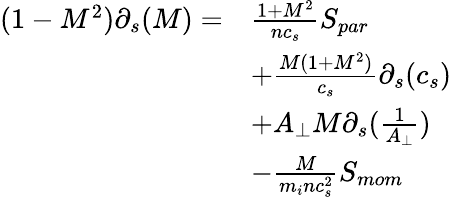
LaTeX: \begin{array}{rl}{(1-M^{2})\partial_{s}(M)=}&{\frac{1+M^{2}}{nc_{s}}S_{par}}\\ {~}&{+\frac{M(1+M^{2})}{c_{s}}\partial_{s}(c_{s})}\\ {~}&{+A_{\perp}M\partial_{s}(\frac{1}{A_{\perp}})}\\ {~}&{-\frac{M}{m_{i}nc_{s}^{2}}S_{mom}}\end{array}